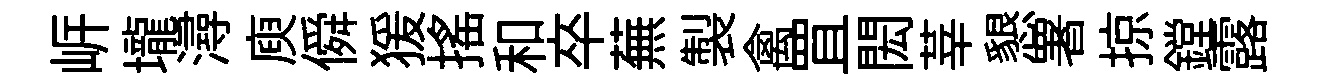
㟁壠潯庾僢猨搖和卒蕪製禽罝閎莘懇署掠鏜露